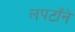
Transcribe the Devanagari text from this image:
लपटाँने